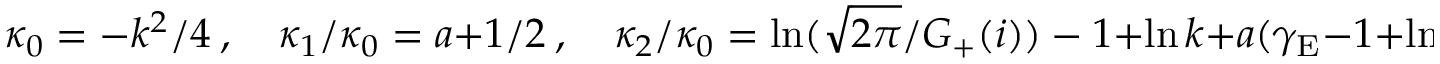
\kappa _ { 0 } = - k ^ { 2 } / 4 \ , \quad \kappa _ { 1 } / \kappa _ { 0 } = a + 1 / 2 \ , \quad { \kappa _ { 2 } / \kappa _ { 0 } = \ln ( \sqrt { 2 \pi } / G _ { + } ( i ) ) - 1 } + \ln k + a ( \gamma _ { \mathrm { E } } - 1 + \ln 8 ) - b \ .